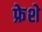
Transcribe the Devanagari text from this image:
फ्रेशे